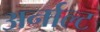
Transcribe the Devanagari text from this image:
अर्नाल्ट